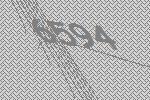
6594